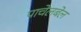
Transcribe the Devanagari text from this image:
पाचेलबेल